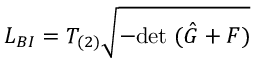
{ \cal L } _ { B I } = T _ { ( 2 ) } \sqrt { - \mathrm { d e t } \; ( \hat { G } + { \cal F } ) }